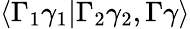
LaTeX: \langle\Gamma_{1}\gamma_{1}|\Gamma_{2}\gamma_{2},\Gamma\gamma\rangle